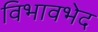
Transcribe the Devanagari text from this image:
विभावभेद